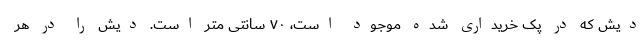
دیش که در پک خریداری شده موجود است، ۷۰ سانتی متر است. دیش را در هر